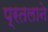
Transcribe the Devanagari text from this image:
प्रतलाने